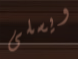
ويسلى